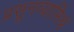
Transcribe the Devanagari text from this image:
प्रसूनव्यामिश्रं